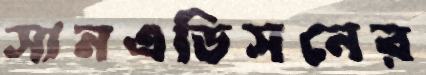
সানএডিসনের